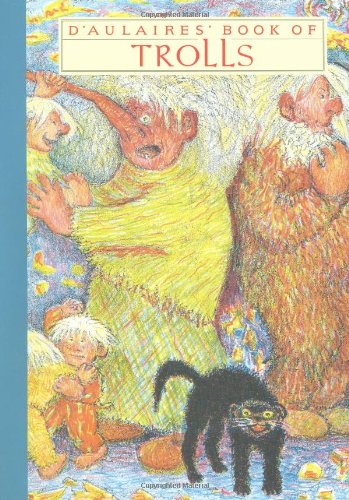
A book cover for D'Aulaires' Book of Trolls (New York Review Children's Collection); Ingri d'Aulaire; Children's Books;